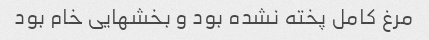
مرغ کامل پخته نشده بود و بخشهایی خام بود